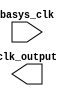
`timescale 1ns / 1ps
//////////////////////////////////////////////////////////////////////////////////
// Company: 
// Engineer: 
// 
// Design Name: 
// Module Name: clk600Hz
// Project Name: 
// Target Devices: 
// Tool Versions: 
// Description: 
// 
// Dependencies: 
// 
// Revision:
// Revision 0.01 - File Created
// Additional Comments:
// 
//////////////////////////////////////////////////////////////////////////////////


module clk600Hz(
    input basys_clk,
    output clk_output
    );
endmodule